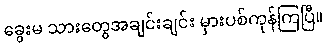
ခွေးမ သားတွေအချင်းချင်း မှားပစ်ကုန်ကြပြီ။